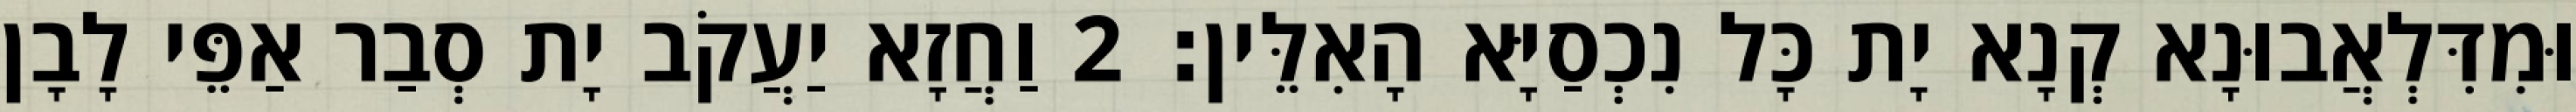
וּמִדִּלְאֲבוּנָא קְנָא יָת כָּל נִכְסַיָּא הָאִלֵּין׃ 2 וַחֲזָא יַעֲקֹב יָת סְבַר אַפֵּי לָבָן